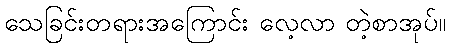
သေခြင်းတရားအကြောင်း လေ့လာ တဲ့စာအုပ်။